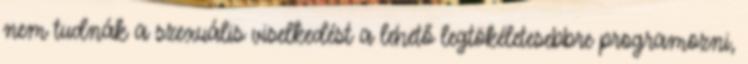
nem tudnák a szexuális viselkedést a lehető legtökéletesebbre programozni,